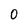
Character: 0